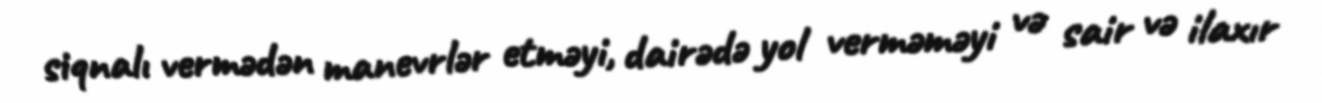
siqnalı vermədən manevrlər etməyi, dairədə yol verməməyi və sair və ilaxır